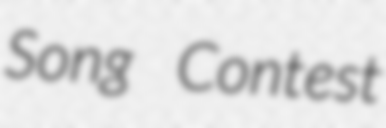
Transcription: Song Contest